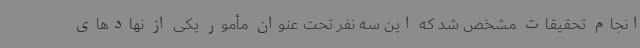
انجام تحقیقات مشخص شد که این سه نفر تحت عنوان مأمور یکی از نهادهای